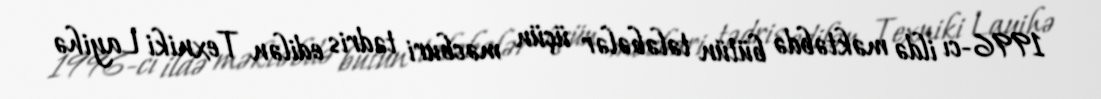
1996-cı ildə məktəbdə bütün tələbələr üçün məcburi tədris edilən Texniki Layihə